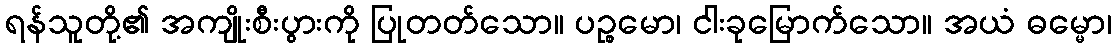
ရန်သူတို့၏ အကျိုးစီးပွားကို ပြုတတ်သော။ ပဉ္စမော၊ ငါးခုမြောက်သော။ အယံ ဓမ္မော၊